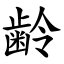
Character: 齢